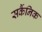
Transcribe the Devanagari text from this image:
सर्कैनिक